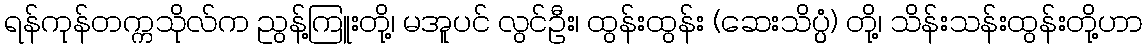
ရန်ကုန်တက္ကသိုလ်က ညွန့်ကြူးတို့၊ မအူပင် လွင်ဦး၊ ထွန်းထွန်း (ဆေးသိပ္ပ္ပံ) တို့၊ သိန်းသန်းထွန်းတို့ဟာ